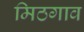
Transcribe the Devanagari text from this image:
मिठगाव